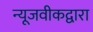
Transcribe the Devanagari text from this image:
न्यूजवीकद्वारा